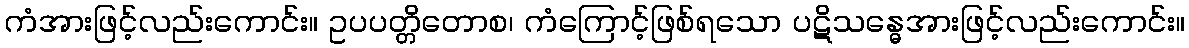
ကံအားဖြင့်လည်းကောင်း။ ဥပပတ္တိတောစ၊ ကံကြောင့်ဖြစ်ရသော ပဋိသန္ဓေအားဖြင့်လည်းကောင်း။